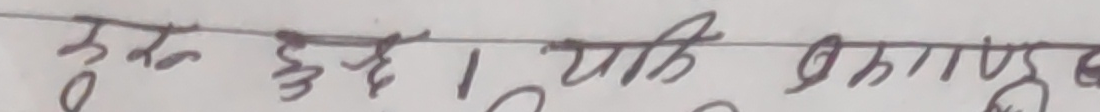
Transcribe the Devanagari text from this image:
बुद्ध हुनु भ्याए ।